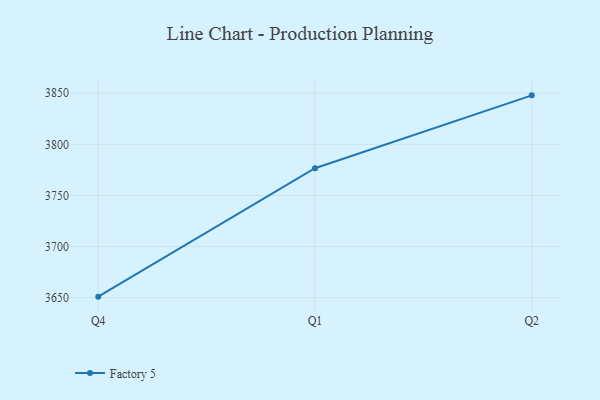
{"axis": {"x": "Quarter", "y": "Production Output"}, "legend": ["Factory 5"], "data": [{"x": "Q4", "y": 3651.0, "type": "Factory 5"}, {"x": "Q1", "y": 3776.6, "type": "Factory 5"}, {"x": "Q2", "y": 3847.9, "type": "Factory 5"}]}